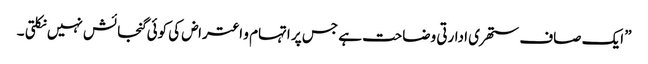
” ایک صاف ستھری ادارتی وضاحت ہے جس پر اتہام و اعتراض کی کوئی گنجائش نہیں نکلتی ۔